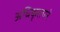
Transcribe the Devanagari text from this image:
अधिकृतपने